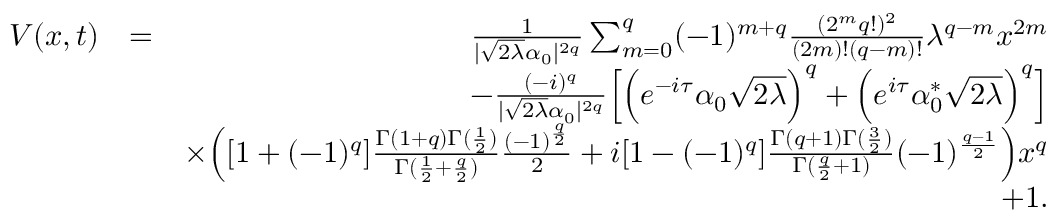
\begin{array} { r l r } { V ( x , t ) } & { = } & { \frac { 1 } { | \sqrt { 2 \lambda } \alpha _ { 0 } | ^ { 2 q } } \sum _ { m = 0 } ^ { q } ( - 1 ) ^ { m + q } \frac { ( 2 ^ { m } q ! ) ^ { 2 } } { ( 2 m ) ! ( q - m ) ! } \lambda ^ { q - m } x ^ { 2 m } } \\ & { } & { - \frac { ( - i ) ^ { q } } { | \sqrt { 2 \lambda } \alpha _ { 0 } | ^ { 2 q } } \Big [ \Big ( e ^ { - i \tau } \alpha _ { 0 } \sqrt { 2 \lambda } \Big ) ^ { q } + \Big ( e ^ { i \tau } \alpha _ { 0 } ^ { * } \sqrt { 2 \lambda } \Big ) ^ { q } \Big ] } \\ & { } & { \times \Big ( [ 1 + ( - 1 ) ^ { q } ] \frac { \Gamma ( 1 + q ) \Gamma ( \frac { 1 } { 2 } ) } { \Gamma ( \frac { 1 } { 2 } + \frac { q } { 2 } ) } \frac { ( - 1 ) ^ { \frac { q } { 2 } } } { 2 } + i [ 1 - ( - 1 ) ^ { q } ] \frac { \Gamma ( q + 1 ) \Gamma ( \frac { 3 } { 2 } ) } { \Gamma ( \frac { q } { 2 } + 1 ) } ( - 1 ) ^ { \frac { q - 1 } { 2 } } \Big ) x ^ { q } } \\ & { } & { + 1 . } \end{array}